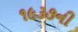
૧૯૩૭ની